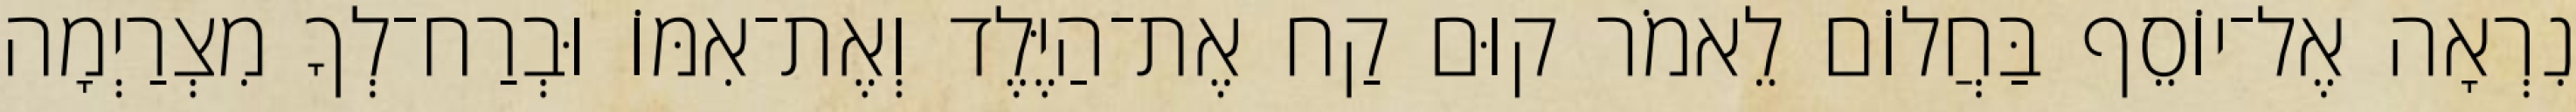
נִרְאָה אֶל־יוֹסֵף בַּחֲלוֹם לֵאמֹר קוּם קַח אֶת־הַיֶּלֶד וְאֶת־אִמּוֹ וּבְרַח־לְךָ מִצְרַיְמָה